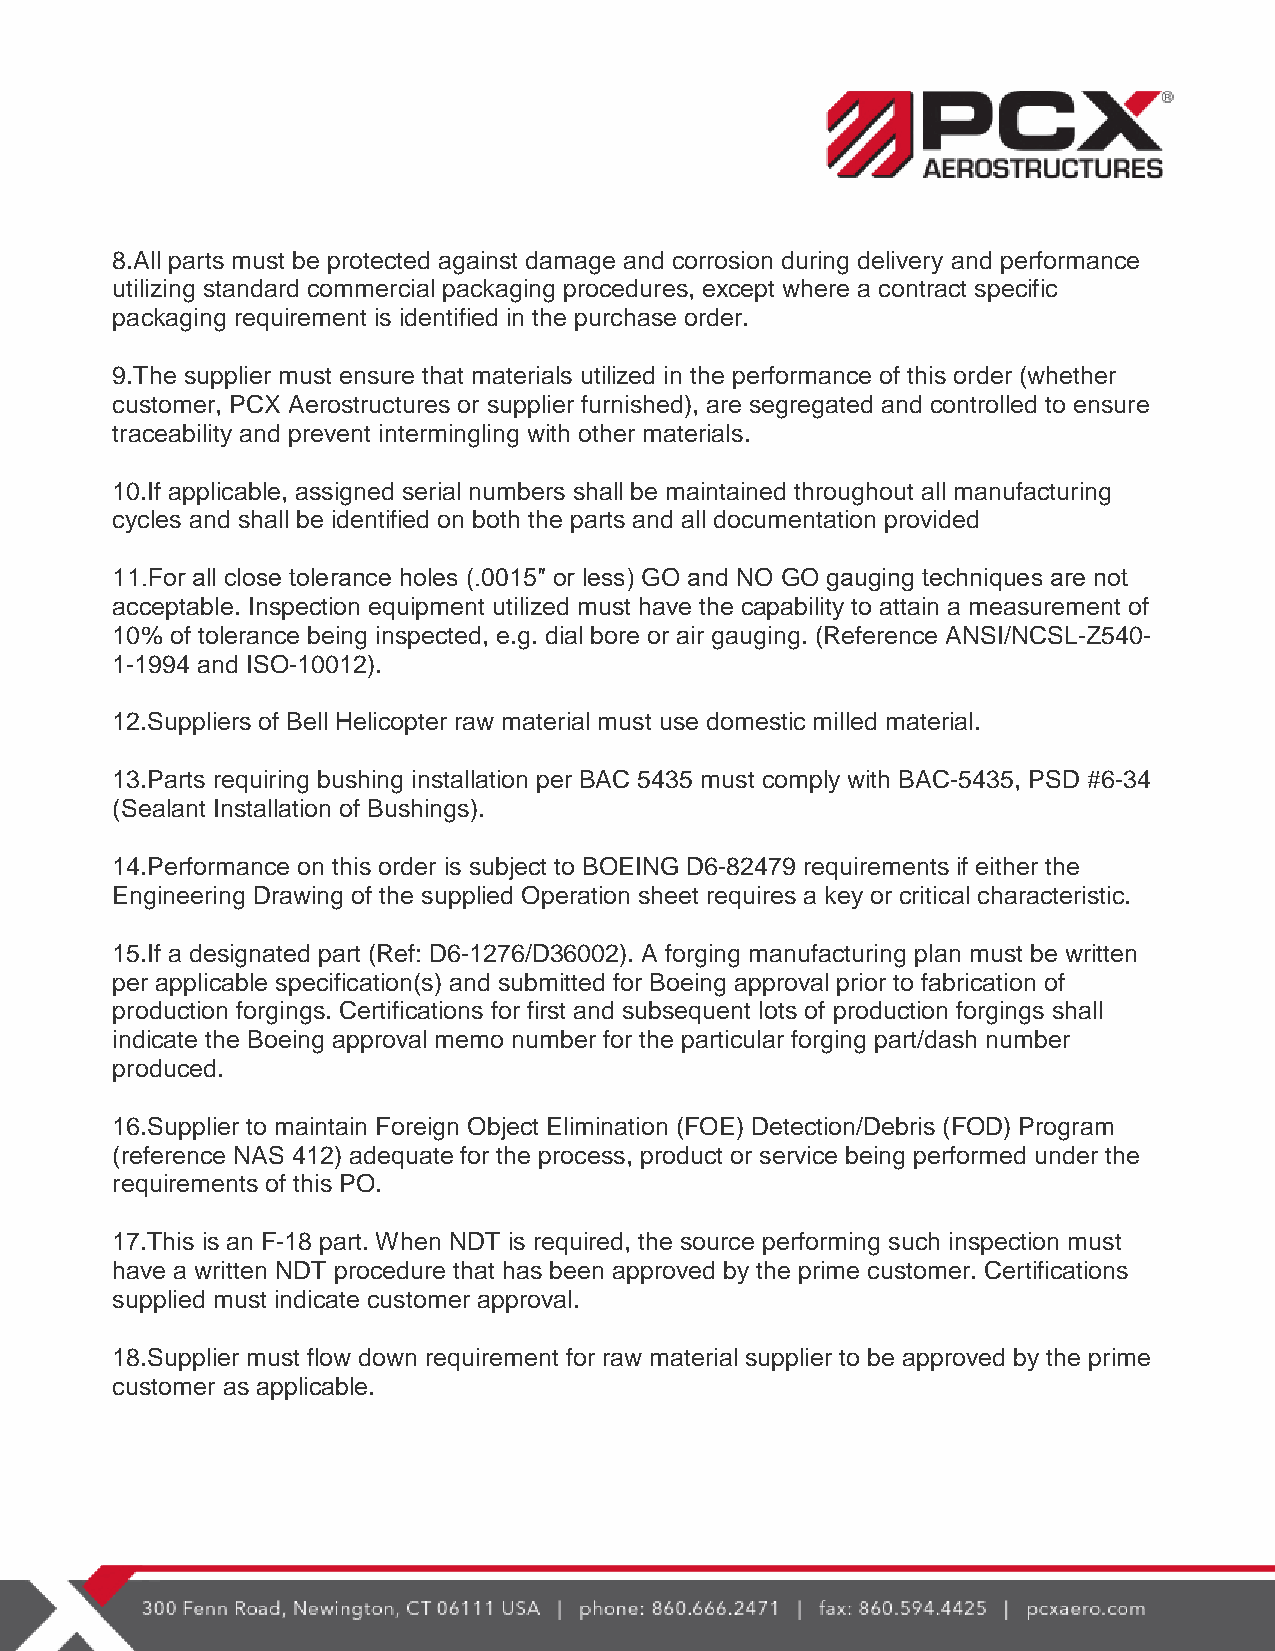
8.All parts must be protected against damage and corrosion during delivery and performance
 utilizing standard commercial packaging procedures, except where a contract specific
 packaging requirement is identified in the purchase order.
 9.The supplier must ensure that materials utilized in the performance of this order (whether
 customer, PCX Aerostructures or supplier furnished), are segregated and controlled to ensure
 traceability and prevent intermingling with other materials.
 10.If applicable, assigned serial numbers shall be maintained throughout all manufacturing
 cycles and shall be identified on both the parts and all documentation provided
 11.For all close tolerance holes (.0015″ or less) GO and NO GO gauging techniques are not
 acceptable. Inspection equipment utilized must have the capability to attain a measurement of
 10% of tolerance being inspected, e.g. dial bore or air gauging. (Reference ANSI/NCSL-Z540-
 1-1994 and ISO-10012).
 12.Suppliers of Bell Helicopter raw material must use domestic milled material.
 13.Parts requiring bushing installation per BAC 5435 must comply with BAC-5435, PSD #6-34
 (Sealant Installation of Bushings).
 14.Performance on this order is subject to BOEING D6-82479 requirements if either the
 Engineering Drawing of the supplied Operation sheet requires a key or critical characteristic.
 15.If a designated part (Ref: D6-1276/D36002). A forging manufacturing plan must be written
 per applicable specification(s) and submitted for Boeing approval prior to fabrication of
 production forgings. Certifications for first and subsequent lots of production forgings shall
 indicate the Boeing approval memo number for the particular forging part/dash number
 produced.
 16.Supplier to maintain Foreign Object Elimination (FOE) Detection/Debris (FOD) Program
 (reference NAS 412) adequate for the process, product or service being performed under the
 requirements of this PO.
 17.This is an F-18 part. When NDT is required, the source performing such inspection must
 have a written NDT procedure that has been approved by the prime customer. Certifications
 supplied must indicate customer approval.
 18.Supplier must flow down requirement for raw material supplier to be approved by the prime
 customer as applicable.